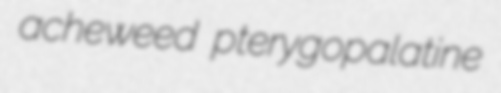
acheweed pterygopalatine